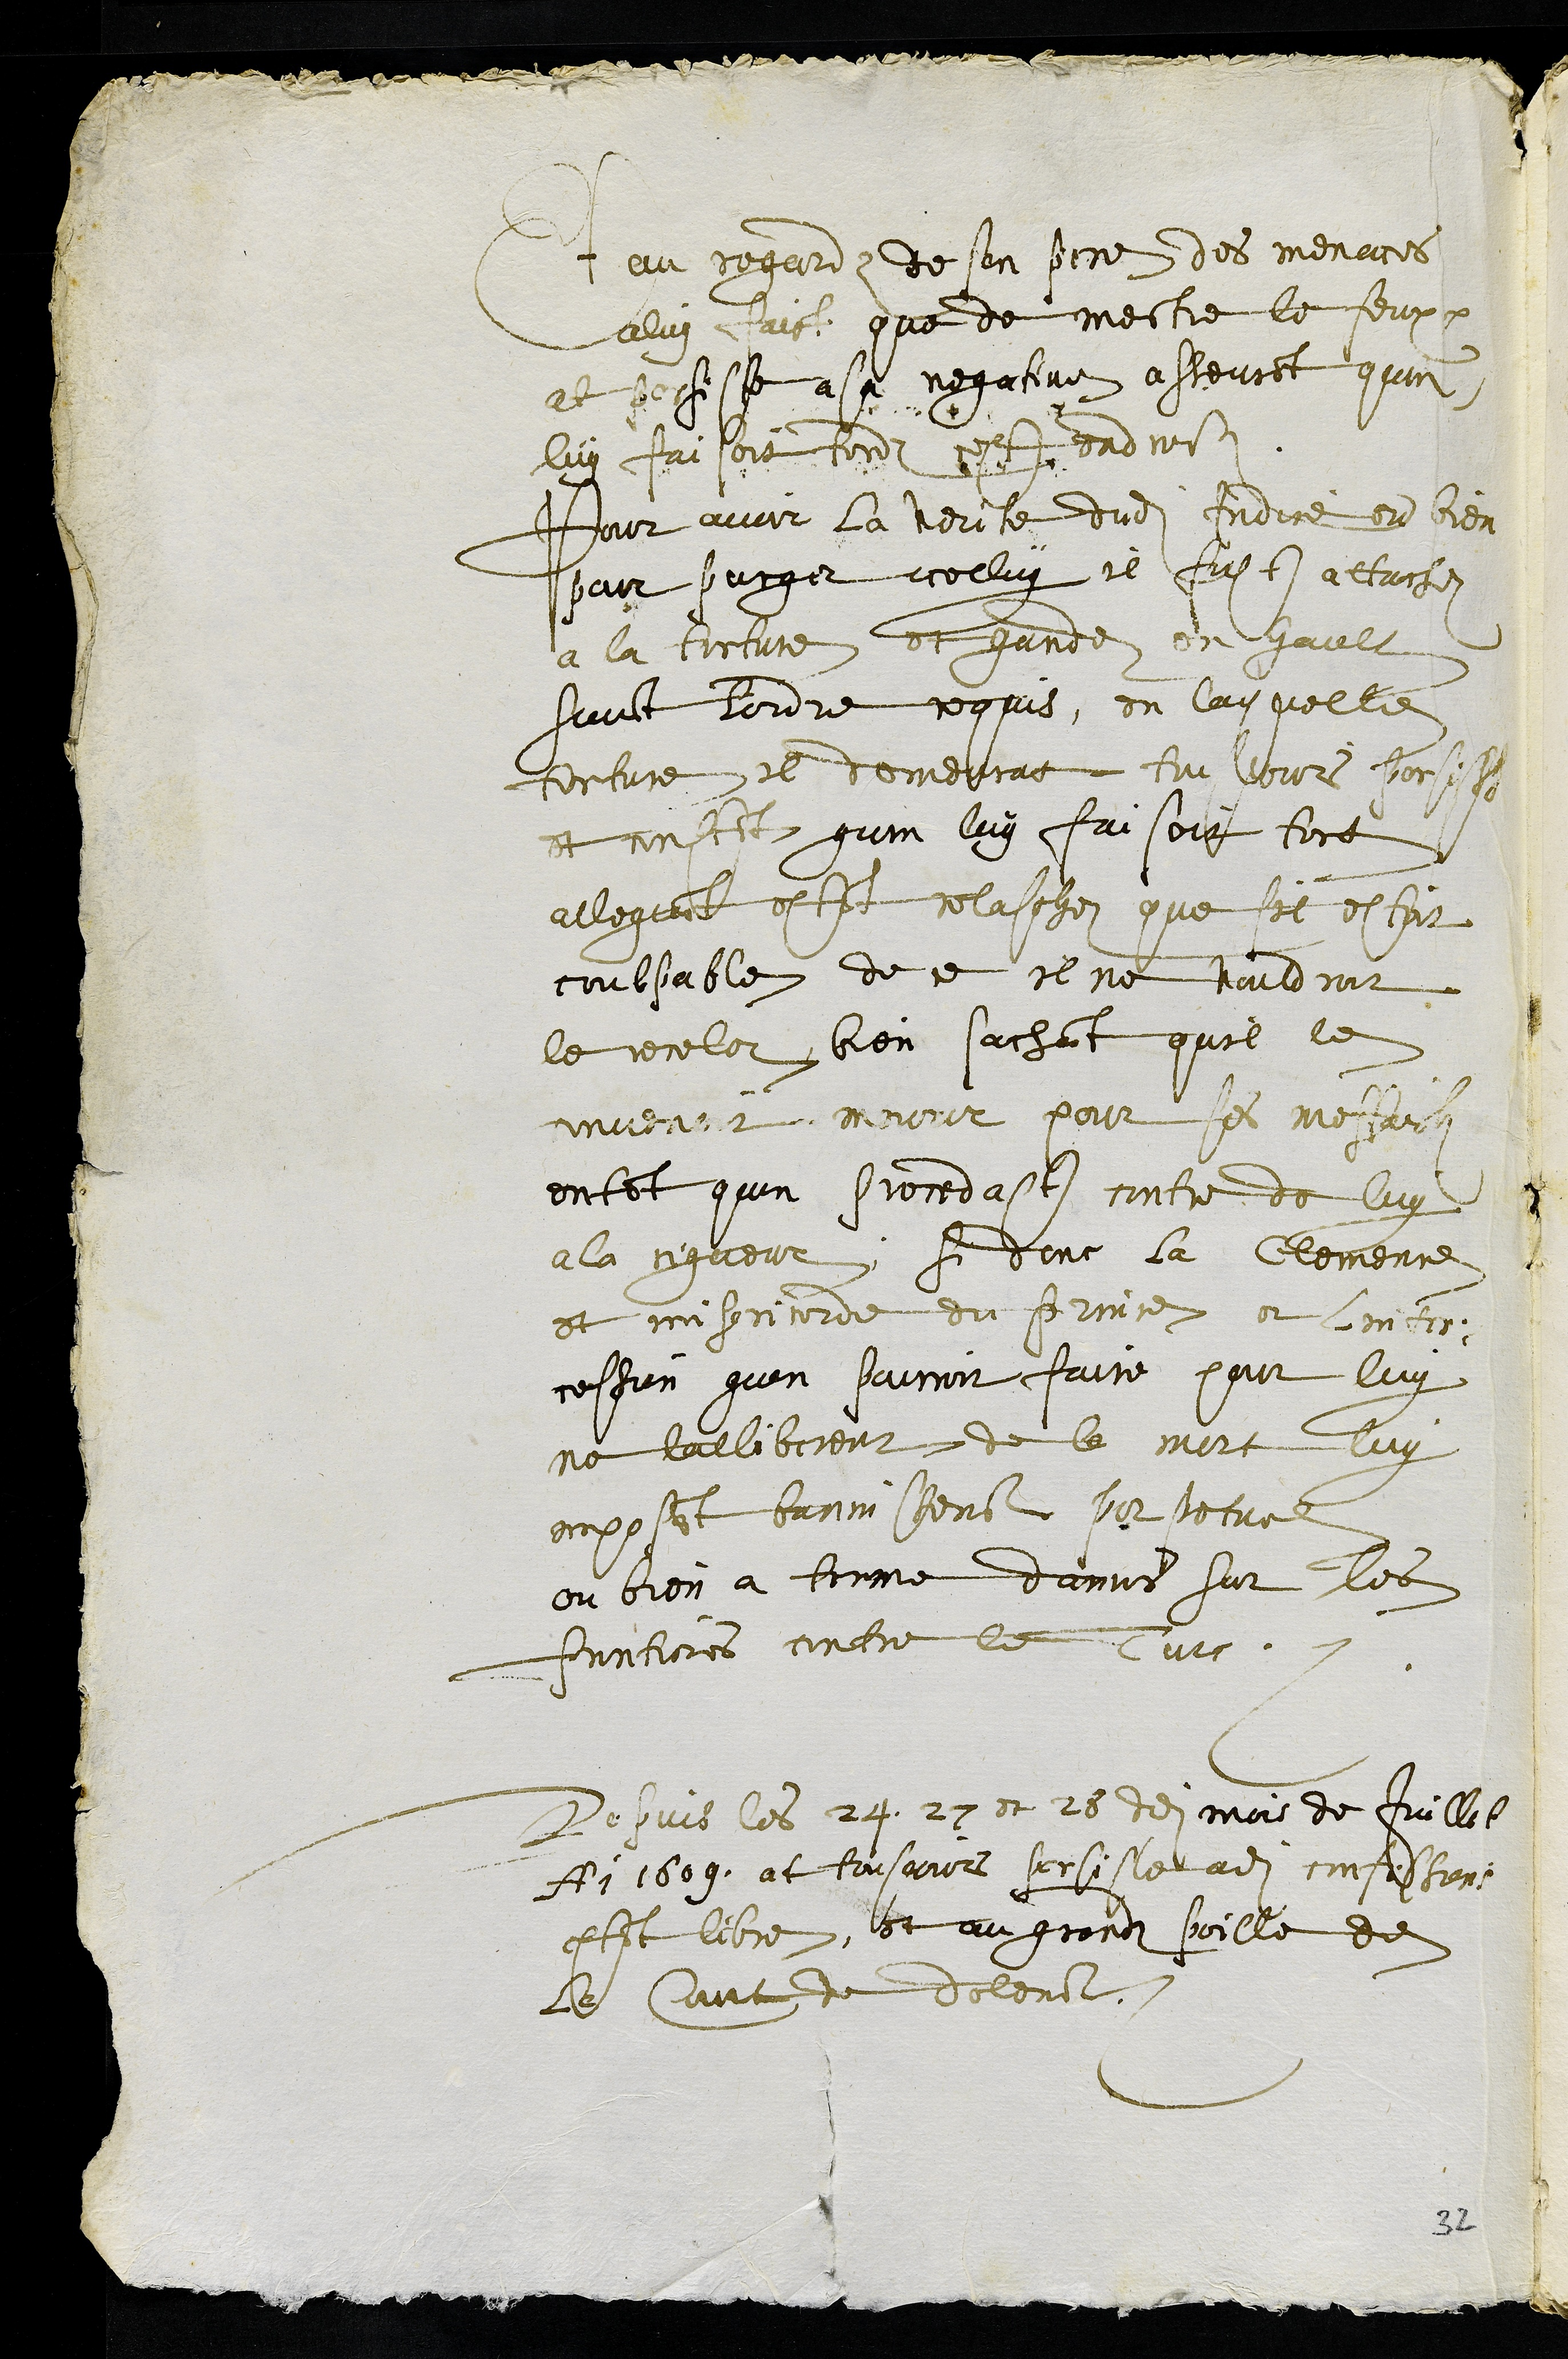
Et au regard de son pere des menaces
a luy faict que de mectre le feux
at persiste a sa negative asseurant quon
luy faisoit tordz cest endroit
Pour avoir la verite dudit Indice ou bien
pour purger icelluy il fust attachez
a la torture et gardez en hault
suivant lordre requis, en laquelle
torture il demeurat tousjours persistant
et constituant quon luy faisoit tort
alleguant estant relasche que sil estoit
coulpable de ce il ne vouldroit
le receler bien sachant quil le
menacent mourir pour ses meffaictz
entant quon procedast contre de luy
a la rigueur, si donc la Clemence
et misericorde du prince et linter¬
cession quon pouroit faire pour luy
ne lalliberent de la mort luy
imposant bannissement perpetuel
ou bien a terme dannes sur les
frontieres contre le Turc.
Depuis les 24. 27 et 28 dudit mois de Juillet
Anni 1609, at tousjours persiste adite confessions
estant libre, et au grandz poille de
le court de delemont
32